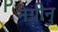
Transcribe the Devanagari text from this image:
नेग्रीनु